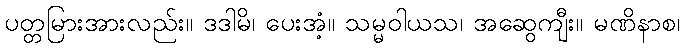
ပတ္တမြားအားလည်း။ ဒဒါမိ၊ ပေးအံ့။ သမ္မဝါယသ၊ အဆွေကျီး။ မဏိနာစ၊